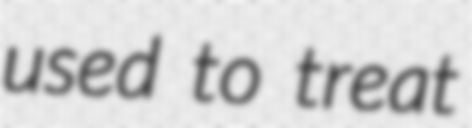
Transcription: used to treat